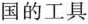
国的工具